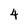
Character: 4